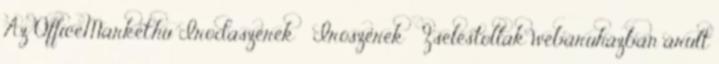
Az OfficeMarket.hu Irodaszerek Írószerek Zseléstollak webáruházban árult